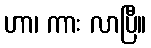
ဟာ၊ ကား လာပြီ။